Annual report of the Madras Medical College
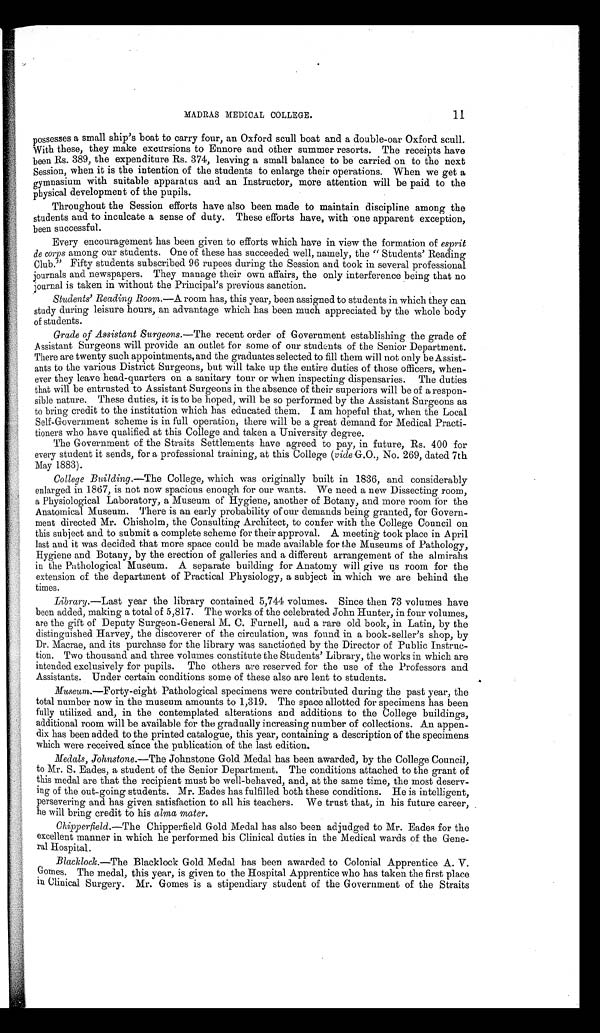
MADRAS MEDICAL COLLEGE.
11
possesses a small ship's boat to carry four, an Oxford scull boat and a double-oar Oxford scull.
With these, they make excursions to Ennore and other summer resorts. The receipts have
been Rs. 389, the expenditure Rs. 374, leaving a small balance to be carried on to the next
Session, when it is the intention of the students to enlarge their operations. When we get a
gymnasium with suitable apparatus and an Instructor, more attention will be paid to the
physical development of the pupils.
Throughout the Session efforts have also been made to maintain discipline among the
students and to inculcate a sense of duty. These efforts have, with ones apparent exception,
been successful.
Every encouragement has been given to efforts which have in view the formation of esprit
de corps among our students. One of these has succeeded well, namely, the "Students' Reading
Club." Fifty students subscribed 96 rupees during the Session and took in several professional
journals and newspapers. They manage their own affairs, the only interference being that no
journal is taken in without the Principal's previous sanction.
Students' Reading Room.—A room has, this year, been assigned to students in which they can
study during leisure hours, an advantage which has been much appreciated by the whole body
of students.
Grade of Assistant Surgeons.— The recent order of Government establishing the grade of
Assistant Surgeons will provide an outlet for some of our students of the Senior Department.
There are twenty such appointments, and the graduates selected to fill them will not only be Assist-
ants to the various District Surgeons, but will take up the entire duties of those officers, when-
ever they leave head-quarters on a sanitary tour or when inspecting dispensaries. The duties
that will be entrusted to Assistant Surgeons in the absence of their superiors will be of a respon-
sible nature. These duties, it is to be hoped, will be so performed by the Assistant Surgeons as
to bring credit to the institution which has educated them. I am hopeful that, when the Local
Self-Government scheme is in full operation, there will be a great demand for Medical Practi-
tioners who have qualified at this College and taken a University degree.
The Government of the Straits Settlements have agreed to pay, in future, Rs. 400 for
every student it sends, for a professional training, at this College (vide G.O., No. 269, dated 7th
May 1883).
College Building.—The College, which was originally built in 1836, and considerably
enlarged in 1867, is not now spacious enough for our wants. We need a new Dissecting room,
a Physiological Laboratory, a Museum of Hygiene, another of Botany, and more room for the
Anatomical Museum. There is an early probability of our demands being granted, for Govern-
ment directed Mr. Chisholm, the Consulting Architect, to confer with the College Council on
this subject and to submit a complete scheme for their approval. A meeting took place in April
last and it was decided that more space could be made available for the Museums of Pathology,
Hygiene and Botany, by the erection of galleries and a different arrangement of the almirahs
in the Pathological Museum. A separate building for Anatomy will give us room for the
extension of the department of Practical Physiology, a subject in which we are behind the
times.
Library .—Last year the library contained 5,744 volumes. Since then 73 volumes have
been added, making a total of 5,817. The works of the celebrated John Hunter, in four volumes,
are the gift of Deputy Surgeon-General M. C. Furnell, ands a rare old book, in Latin, by the
distinguished Harvey, the discoverer of the circulation, was found in a book-seller's shop, by
Dr. Macrae, and its purchase for the library was sanctioned by the Director of Public Instruc-
tion. Two thousand and three volumes constitute the Students' Library, the works in which are
intended exclusively for pupils. The others are reserved for the use of the Professors and
Assistants. Under certain conditions some of these also are lent to students.
Museumn .—Forty-eight Pathological specimens were contributed during the past year, the
total number now in the museum amounts to 1,319. The space allotted for specimens has been
fully utilized and, in the contemplated alterations and additions to the College buildings,
additional room will be available for the gradually increasing number of collections. An appen-
dix has been added to the printed catalogue, this year, containing a description of the specimens
which were received since the publication of the last edition.
Medals, Johnstone.— The Johnstone Gold Medal has been awarded, by the College Council,
to Mr. S. Eades, a student of the Senior Department. The conditions attached to the grant of
this medal are that the recipient must be well-behaved, and, at the same time, the most deserv-
ing of the out-going students. Mr. Eades has fulfilled both these conditions. He is intelligent,
persevering and has given satisfaction to all his teachers. We trust that, in his future career,
he will bring credit to his alma mater.
Chipperfield.—The Chipperfield Gold Medal has also been adjudged to Mr. Eades for the
excellent manner in which he performed his Clinical duties in the Medical wards of the Gene-
ral Hospital.
Blacklock.—The
Blacklock Gold Medal has been awarded to Colonial Apprentice A. V.
comes. The medal, this year, is given to the Hospital Apprentice who has taken the first place
in Clinical Surgery. Mr. Gomes is a stipendiary student of the Government of the Straits